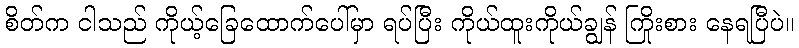
စိတ်က ငါသည် ကိုယ့်ခြေထောက်ပေါ်မှာ ရပ်ပြီး ကိုယ်ထူးကိုယ်ချွန် ကြိုးစား နေရပြီပဲ။